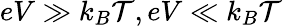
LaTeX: eV\gg k_{B}\mathcal{T},eV\ll k_{B}\mathcal{T}